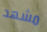
مشهد